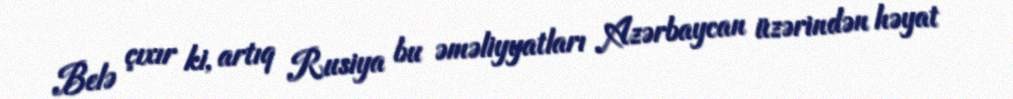
Belə çıxır ki, artıq Rusiya bu əməliyyatları Azərbaycan üzərindən həyat